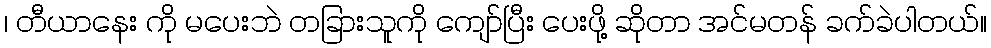
၊ တီယာနေး ကို မပေးဘဲ တခြားသူကို ကျော်ပြီး ပေးဖို့ ဆိုတာ အင်မတန် ခက်ခဲပါတယ်။